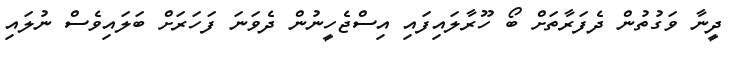
ދީނާ ވަގުތުން ދެފަރާތަށް ބޯ ހޫރާލައިފައި އިސްޖެހީނުން ދެވަނަ ފަހަރަށް ބަލައިވެސް ނުލައި